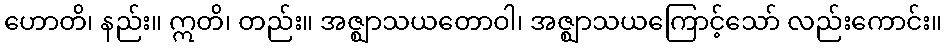
ဟောတိ၊ နည်း။ ဣတိ၊ တည်း။ အဇ္ဈာသယတောဝါ၊ အဇ္ဈာသယကြောင့်သော် လည်းကောင်း။